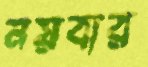
নয়বার